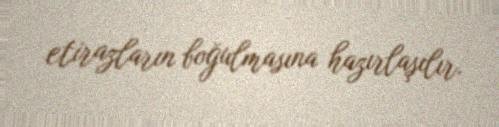
etirazların boğulmasına hazırlaşılır.